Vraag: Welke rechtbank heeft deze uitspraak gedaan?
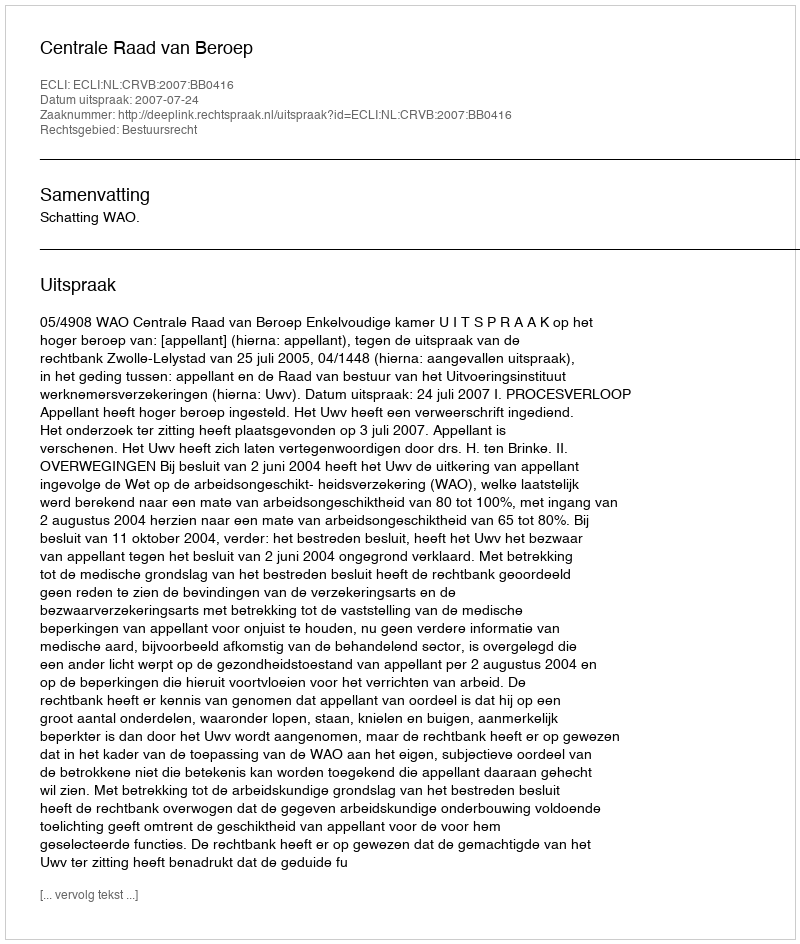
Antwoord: Centrale Raad van Beroep